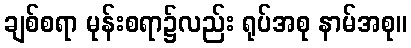
ချစ်စရာ မုန်းစရာ၌လည်း ရုပ်အစု နာမ်အစု။